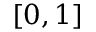
[ 0 , 1 ]